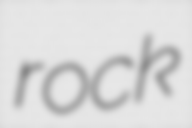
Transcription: rock